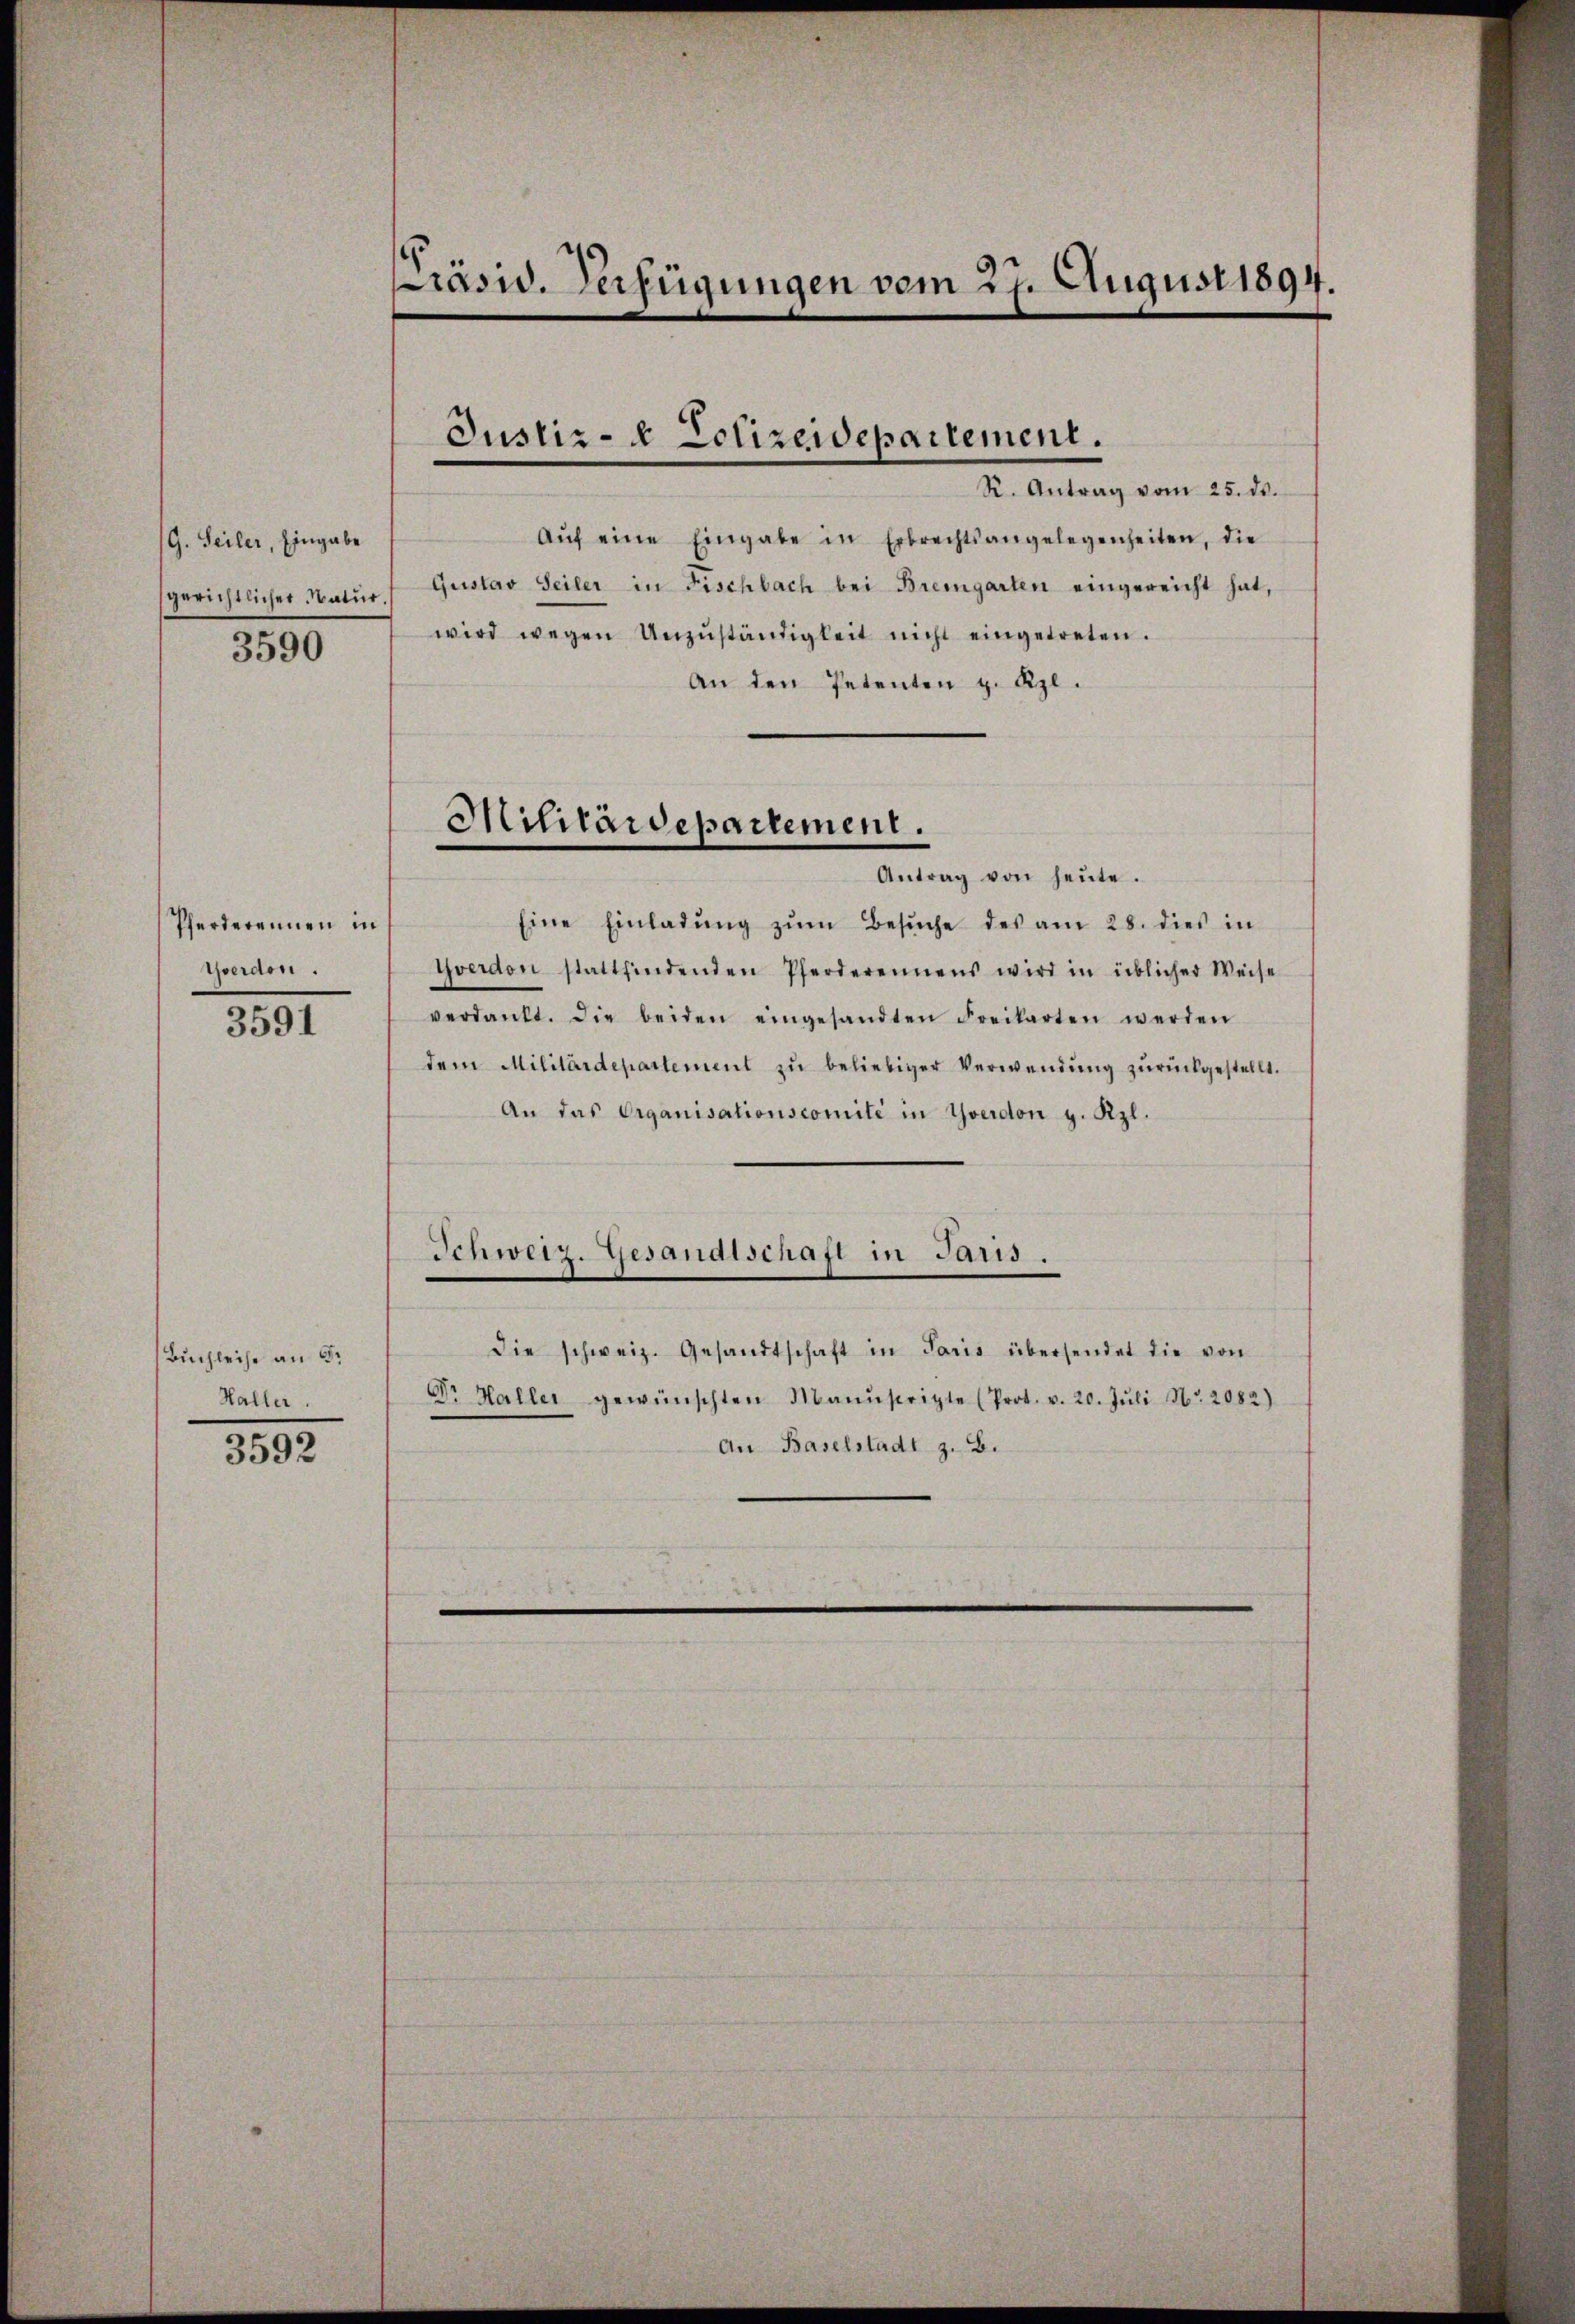
G. Seiler, Eingabe
gerichtlicher Natur.

3590

Pferderennen in
Gerdon.

3591

(Buchleihe an Sr
Haller.

3592

Präsid. Verfügungen vom 27. August 1894.

Justiz- & Polizeidepartement.
R. Antrag vom 25. ds.

Aŭf eine Eingabe in Erbrechtsangelegenheiten, die
Gustav Seiler in Fischbach bei Bremgarten eingereicht hat,
wird wegen Unzŭständigkeit nicht eingetreten.
An den Petenten z. Kzl.

Militärdepartement.
Antrag von heŭte.

Eine Einladŭng zŭm Besŭche des am 28. dies in
Yverdon stattfindenden Pferderennens wird in üblicher Weise
verdankt. Die beiden eingesandten Freikarten werden
dem Militärdepartement zŭ beliebiger Verwendŭng zŭrückgestellt.
An das Organisationscomité in Yverdon g. Kzl.
Schweiz. Gesandtschaft in Jans.
die schweiz. Gesandtschaft in Paris übersendet die von
Dr Haller gewünschten Manuscripte (Prot. v. 20. Jŭli No. 2082)
An Baselstadt z. B.